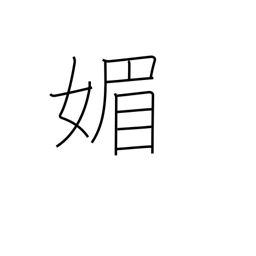
Meaning: flatter